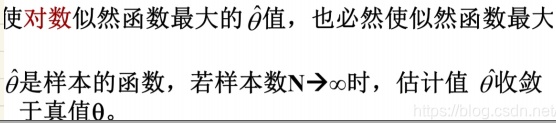
使对数似然函数最大的$\hat{\theta}$值，也必然使似然函数最大。
$\hat{\theta}$是样本的函数，若样本数$N \to \infty$时，估计值$\hat{\theta}$收敛于真值$\theta$。